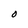
Character: O